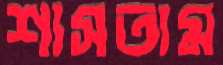
শাসতাম